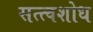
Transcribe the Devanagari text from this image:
सत्त्वशोध